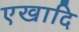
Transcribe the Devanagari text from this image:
एखादि